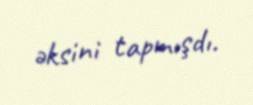
əksini tapmışdı.